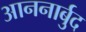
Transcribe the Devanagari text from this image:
आननार्बुद